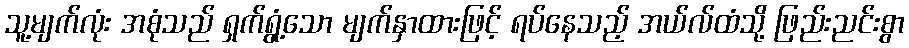
သူ့မျက်လုံး အစုံသည် ရှက်ရွံ့သော မျက်နှာထားဖြင့် ရပ်နေသည့် အယ်လ်ထံသို့ ဖြည်းညင်းစွာ